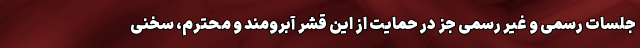
جلسات رسمی و غیر رسمی جز در حمایت از این قشر آبرومند و محترم، سخنی